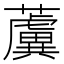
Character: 𧃢